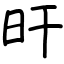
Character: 旰